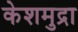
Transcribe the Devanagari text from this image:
केशमुद्रा